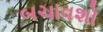
બચાવશો